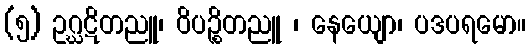
(၅) ဥဂ္ဃဋိတညူ၊ ဝိပဉ္စိတညူ ၊ နေယျော၊ ပဒပရမော။